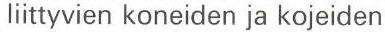
liittyvien koneiden ja kojeiden